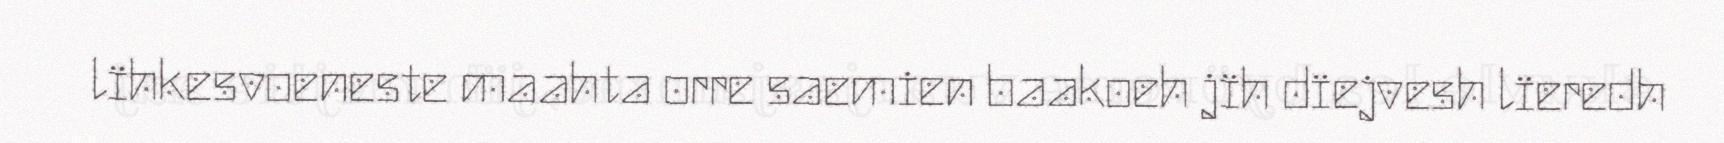
lïhkesvoeneste maahta orre saemien baakoeh jïh dïejvesh lïeredh